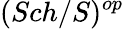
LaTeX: (Sch/S)^{op}